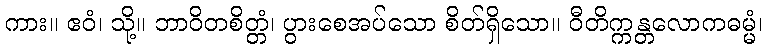
ကား။ ဧဝံ၊ သို့။ ဘာဝိတစိတ္တံ၊ ပွားစေအပ်သော စိတ်ရှိသော။ ဝီတိက္ကန္တလောကဓမ္မံ၊